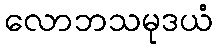
လောဘသမုဒယံ